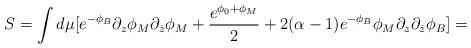
LaTeX: \begin{align*}S=\int d\mu [e^{-\phi_B}\partial_z\phi_M \partial_{\bar z}\phi_M + \frac{e^{\phi_0+\phi_M}}{2}+2(\alpha-1)e^{-\phi_B}\phi_M\partial_z\partial_{\bar z}\phi_B]=\end{align*}